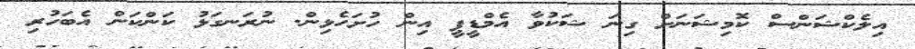
އިލެކްޝަންސް ކޮމިޝަނަށް ގިނަ ޝަކުވާ އެމްޑީޕީ އިން ހުށަހެޅިން. ނުރަނގަޅު ކަންކަން އެބަހުރި